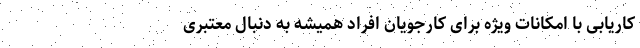
کاریابی با امکانات ویژه برای کارجویان افراد همیشه به دنبال معتبری